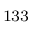
^ { 1 3 3 }